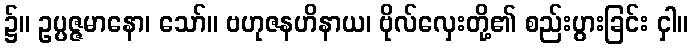
၌။ ဥပ္ပဇ္ဇမာနော၊ သော်။ ဗဟုဇနဟိနာယ၊ ဗိုလ်လှေးတို့၏ စည်းပွားခြင်း ငှါ။